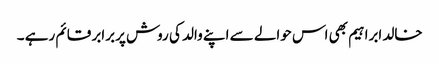
خالد ابراہیم بھی اس حوالے سے اپنے والد کی روش پربرابر قائم رہے ۔